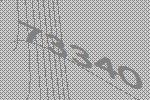
73340